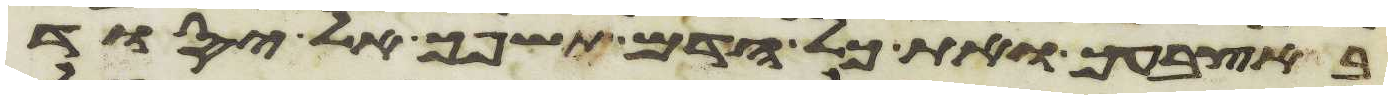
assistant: באצבעך ואת כל הדם תשפך אל יסוד